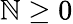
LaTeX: \mathbb{N}\geq0